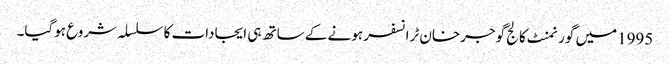
1995میں گورنمنٹ کالج گوجرخان ٹرانسفر ہونے کے ساتھ ہی ایجادات کا سلسلہ شروع ہوگیا۔